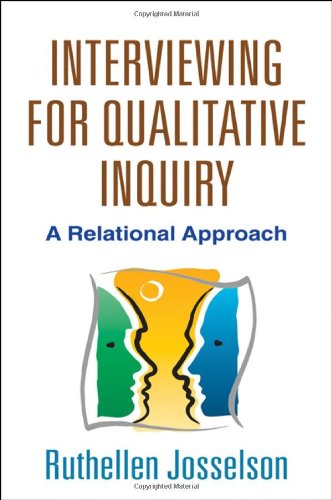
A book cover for Interviewing for Qualitative Inquiry: A Relational Approach; PhD Ruthellen Josselson PhD; Health, Fitness & Dieting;